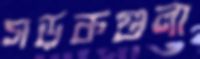
সড়কগুলা